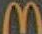
M